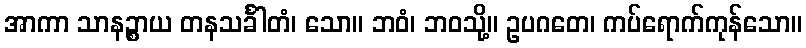
အာကာ သာနဉ္စာယ တနသင်္ခါတံ၊ သော။ ဘဝံ၊ ဘဝသို့။ ဥပဂတေ၊ ကပ်ရောက်ကုန်သော။